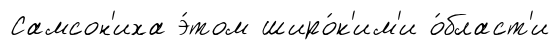
Самсон'иха э́том широ́к'им'и о́бласт'и